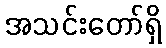
အသင်းတော်ရှိ